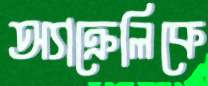
অ্যাক্রেলিকে